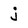
Character: j